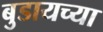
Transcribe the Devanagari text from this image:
बुडायच्या